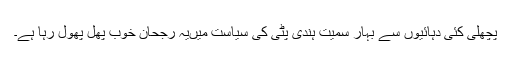
پچھلی کئی دہائیوں سے بہار سمیت ہندی پٹی کی سیاست میںیہ رجحان خوب پھل پھول رہا ہے۔